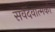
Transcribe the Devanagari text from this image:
सर्वदेवात्मको